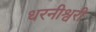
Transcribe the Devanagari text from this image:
धरनीश्वरी